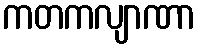
ကတကလျာဏာ